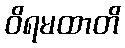
ဝိရမထာတိ